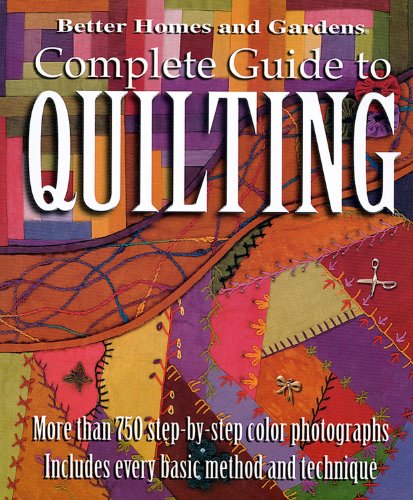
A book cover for Better Homes and Gardens: Complete Guide to Quilting,  More than 750 Step-by-Step Color Photographs; Better Homes & Gardens; Crafts, Hobbies & Home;